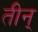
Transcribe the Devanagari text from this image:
तीन्